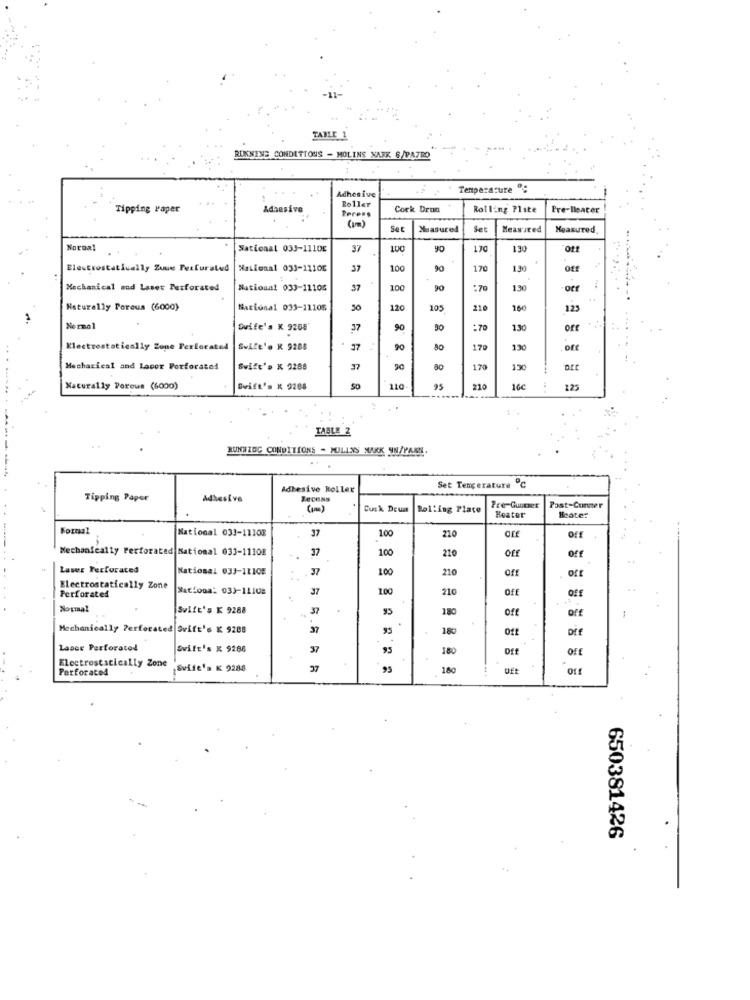
TABLE_1
RUNNING CONDETTOUS - MOLINS NARK &/PATRO
Adhesive
Temperature ":
..:
Tipping Paper
Adhesive
Roller
Cock Drun
Rolling Plate
Pre-lleacer
Pocess
Set
Measured
Set
Measured
Measured.
Normal
National 033-1110E
37
90
170
130
Electrostatiually Zuue PerCurated
National 033-1110℃
37
100
90
170
1.30
of
Mechanical and Laser Perforated
National 033-11105
37
100
90
:70
130
-off
Naturally Porous (6000)
Nacional 033-11105
30
120
210
160
125
Normal
Swife's K 9208
37
90
30
:70
130
Electrostatically Zone Perlocated
Swife's K 9288
37
90
170
130
.or
Mechanical and Lacor Perforated
Swift's K 9288
37
170
130
Naturally Porous (6000)
Swift's K 9288
SD
110
95
210
160
12:
TABLE 2
RUNBIOC CONDITIONS - MULLNS MARK UN/PARN.
Adhesive Roller
Set Tencerature ℃
Tipping Paper
Adhesive
( 100)
Cuck Deum
Bolling Place
Pre-Gunner
Post-Conmer
Heater
Heater
Formal
National 033-11103
37
100
210
Off
Mechanically Perforated National 033-11108
37
100
210
off
off
Lawer Perforated
National 033-11105
37
1.00
210
..
Electrostatically Zone
Sationa: 033-11108
37
100
210
Off
off
Perforated
Normal
Swift's K 9288
37
180
off
off
Mechanically Perforated Swift's K 9288
37
95
180
Off
DEf
110
Laser Perforated
Svile's × 9286
37
93
180
Dff
Electrostatically Zone
Perforated
Swife's K 9288
37
180
UEt
650381426